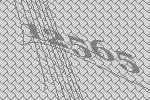
12565